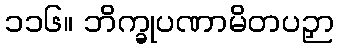
၁၁၆။ ဘိက္ခုပဏာမိတပဉှာ